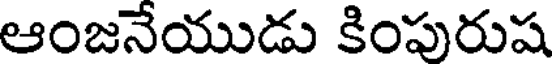
ఆంజనేయుడు కింపురుష